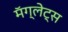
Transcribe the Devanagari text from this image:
मॅग्लेट्स